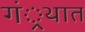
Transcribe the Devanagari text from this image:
गं्रथात